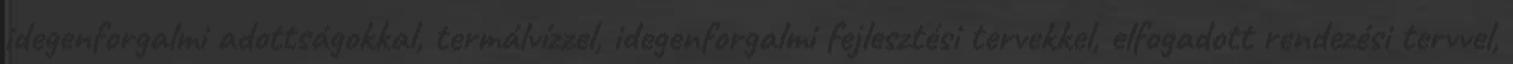
idegenforgalmi adottságokkal, termálvízzel, idegenforgalmi fejlesztési tervekkel, elfogadott rendezési tervvel,